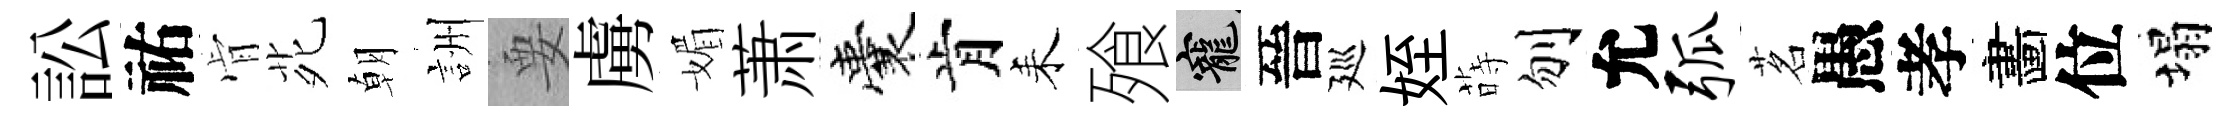
訟祐肻𫟍朝詶要虜媚萧囊肯耒飱寵晉廵姪蒔刎允弧茗愚孝畵位塌